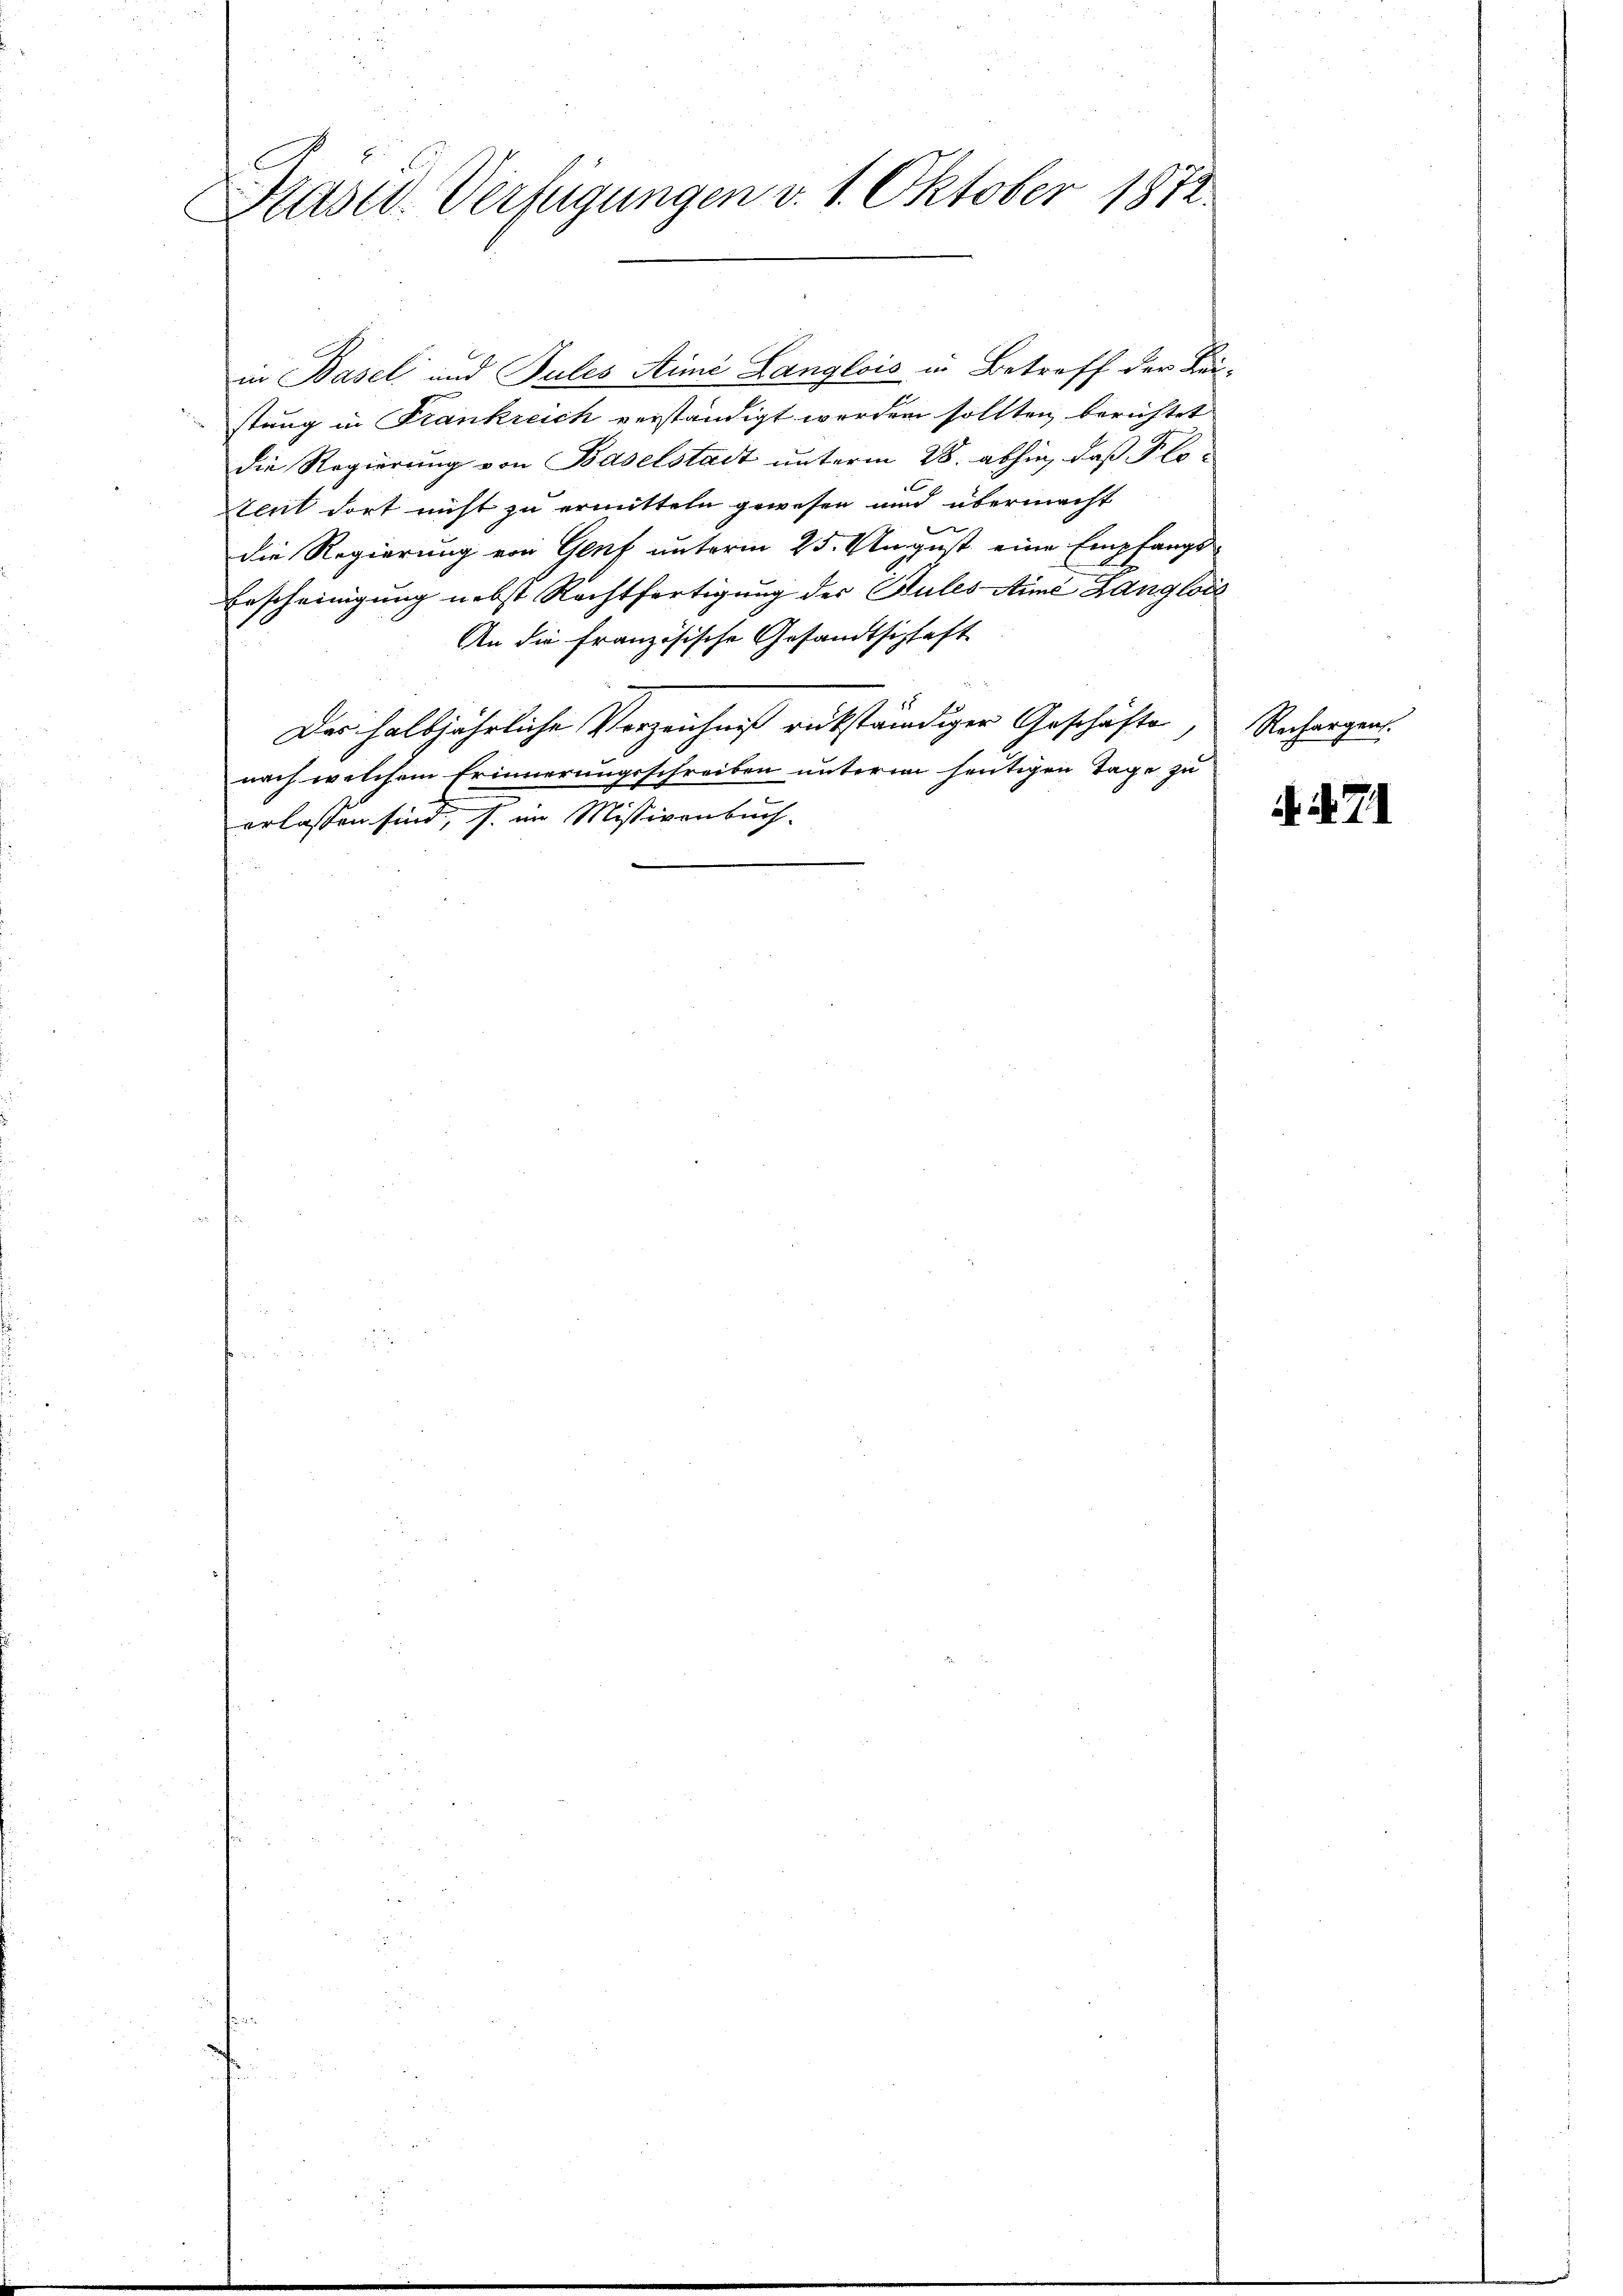
Prastd Verfügungen v. 1. Oktober 1872.

in Basel und Pules Aimi Langlois in Betreff der Bei-
stung in Frankreich verständigt worden sollten, berichtet
die Regierung von Baselstadt unterm 28. abhin, daß Flotent dort nicht zu ermitteln gewesen und übermacht
die Regierung von Genf unterm 25. August eine Empfangs-
Erscheinigung nebst Rechtfertigung der Sules Aime Langlois
An die französische Gesandtschaft
Das halbjährliche Vorzeichnis rükständiger Geschäfte
nach welchem Erinnerungsschreiben unterm heutigen Tage zu
erlassen sind, s. im Missivenbuch.

Rechargen.

N. 71